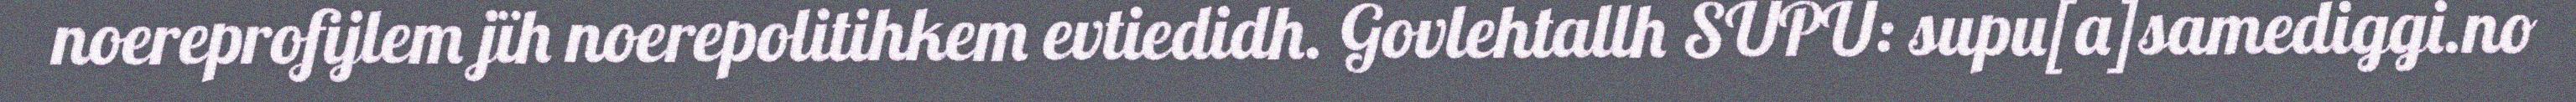
noereprofijlem jïh noerepolitihkem evtiedidh. Govlehtallh SUPU: supu[a]samediggi.no